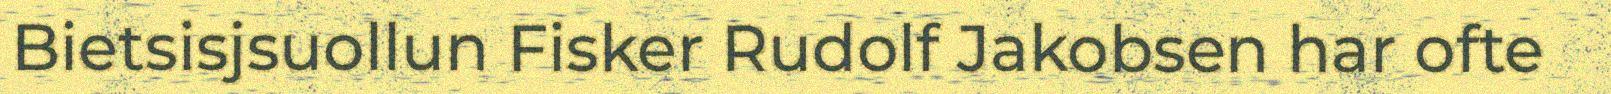
Bietsisjsuollun Fisker Rudolf Jakobsen har ofte